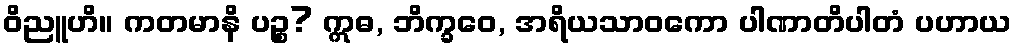
ဝိညူဟိ။ ကတမာနိ ပဉ္စ? ဣဓ, ဘိက္ခဝေ, အရိယသာဝကော ပါဏာတိပါတံ ပဟာယ